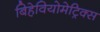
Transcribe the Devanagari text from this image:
बिहेवियोमेट्रिक्स